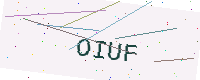
Text: OIUF